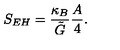
S _ { E H } = \frac { \kappa _ { B } } { \tilde { G } } \frac { A } { 4 } .